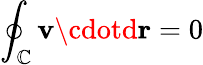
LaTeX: \oint_{\mathbb{C}}\mathbf{{v}}\cdotd{\mathbf{{r}}}=0